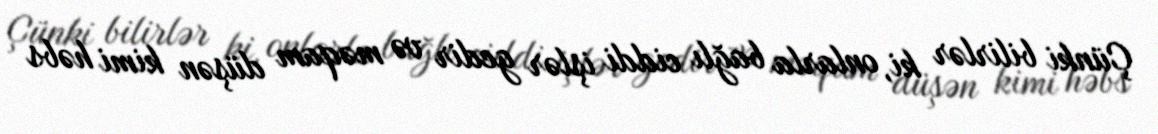
Çünki bilirlər ki, onlarla bağlı ciddi işlər gedir və məqam düşən kimi həbs